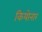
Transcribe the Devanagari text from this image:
कियोनार